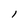
Character: l